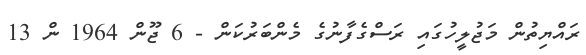
ރައްޔިތުން މަޖުލީހުގައި ރަސްގެފާނުގެ މެންބަރުކަން - 6 ޖޫން 1964 ން 13